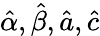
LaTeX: {\hat{\alpha}},{\hat{\beta}},{\hat{a}},{\hat{c}}